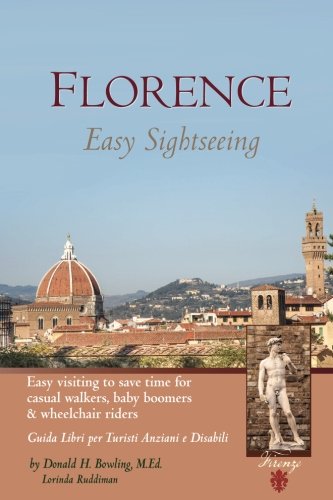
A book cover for Florence: Easy Sightseeing: Easy Visiting for Casual Walkers Seniors & Wheelchair Riders; Donald H Bowling MEd; Travel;